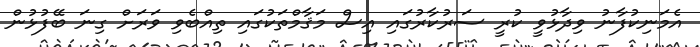
އެމަނިކުފާނު ވިދާޅުވީ ކުރީ ސަރުކާރުގައި އިސް މަޤާމްތަކުގައި ތިއްބެވި ވަރަށް ގިނަ ބޭފުޅުން